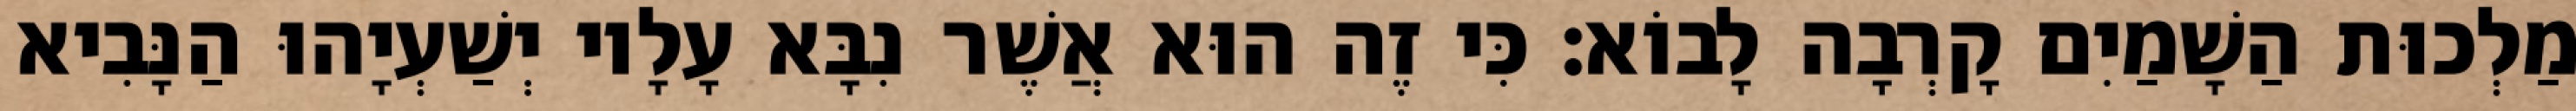
מַלְכוּת הַשָׁמַיִם קָרְבָה לָבוֹא׃ כִּי זֶה הוּא אֲשֶׁר נִבָּא עָלָיו יְשַׁעְיָהוּ הַנָּבִיא